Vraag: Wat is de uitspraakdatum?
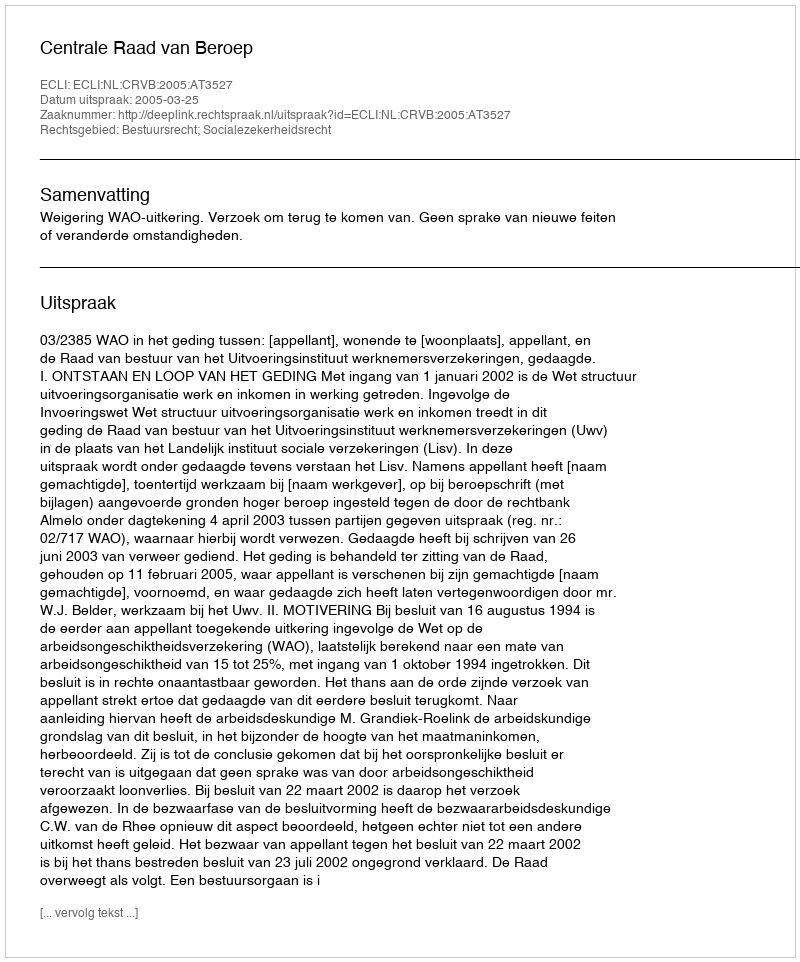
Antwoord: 2005-03-25